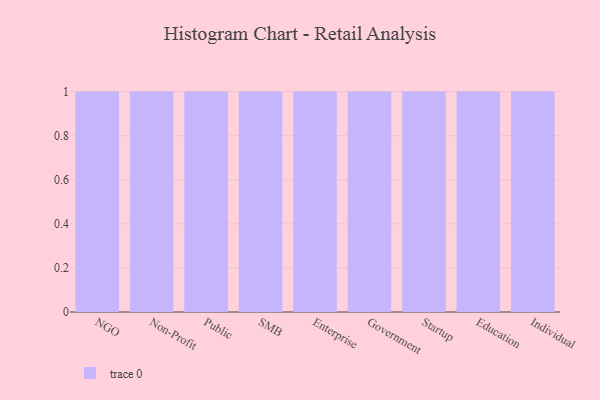
{"axis": {"x": "Segment", "y": "Conversion Rate (%)"}, "legend": [""], "data": [{"x": "NGO", "y": 26, "type": ""}, {"x": "Non-Profit", "y": 23, "type": ""}, {"x": "Public", "y": 83, "type": ""}, {"x": "SMB", "y": 2, "type": ""}, {"x": "Enterprise", "y": 47, "type": ""}, {"x": "Government", "y": 34, "type": ""}, {"x": "Startup", "y": 48, "type": ""}, {"x": "Education", "y": 55, "type": ""}, {"x": "Individual", "y": 24, "type": ""}]}